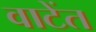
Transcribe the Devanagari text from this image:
वाटेंत